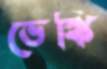
ভেঙ্কি